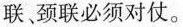
联颈联必须对仗。